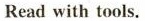
Read with tools.